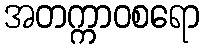
အတက္ကာဝစရော